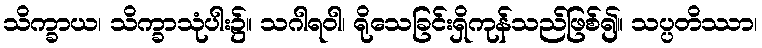
သိက္ခာယ၊ သိက္ခာသုံပါး၌။ သဂါရဝါ၊ ရိုသေခြင်းရှိကုန်သည်ဖြစ်၍။ သပ္ပတိဿာ၊